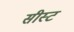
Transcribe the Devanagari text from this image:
सीस्ट